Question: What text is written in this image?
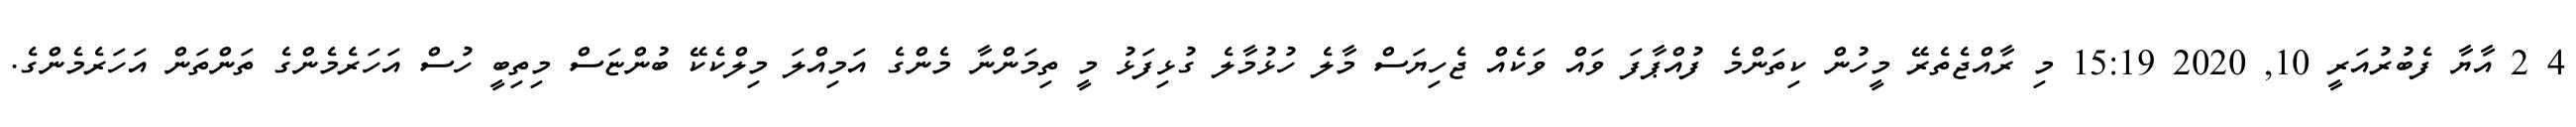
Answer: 4 2 އާޔާ ފެބުރުއަރީ 10, 2020 15:19 މި ރާއްޖެތެރޭ މީހުން ކިތަންމެ ފުއްޕާފަ ވައް ވަކެއް ޖެހިޔަސް މާލެ ހުޅުމާލެ ގުޅިފަޅު މީ ތިމަންނާ މެންގެ އަމިއްލަ މިލްކެކޭ ބުންޏަސް މިތިބީ ހުސް އަހަރެމެންގެ ތަންތަން އަހަރެމެންގެ.